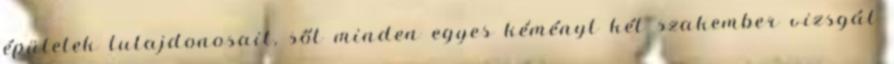
épületek tulajdonosait, sőt minden egyes kéményt két szakember vizsgál